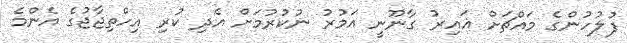
ފުލުހުންގެ މައްޗަށް ޣައިރު ގާނޫނީ އަމުރު ނުކުރުމަށް އެދި ކުރި އިހްތިޖާޖުގެ އެންމެ